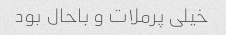
خیلی پرملات و باحال بود